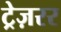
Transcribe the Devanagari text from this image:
ट्रेज़रर